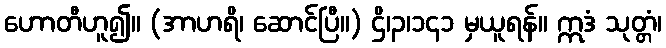
ဟောတီဟူ၍။ (အာဟရိ၊ ဆောင်ပြီ။) ဌိ၊၃၊၁၄၁ မှယူရန်။ ဣဒံ သုတ္တံ၊